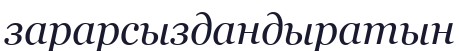
зарарсыздандыратын